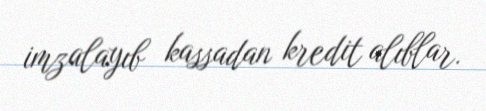
imzalayıb kassadan kredit alıblar.